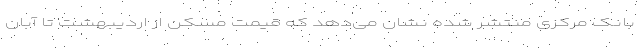
بانک مرکزی منتشر شده نشان می‌دهد که قیمت مسکن از اردیبهشت تا آبان